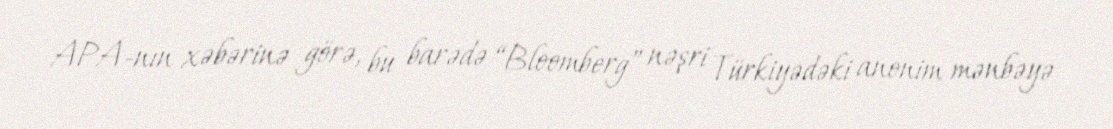
APA-nın xəbərinə görə, bu barədə “Bloomberg” nəşri Türkiyədəki anonim mənbəyə